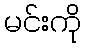
မင်းကို